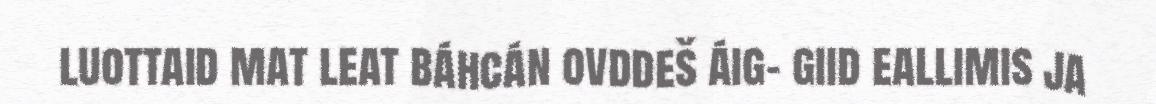
luottaid mat leat báhcán ovddeš áig- giid eallimis ja